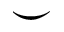
\smile